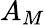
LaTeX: A_{M}